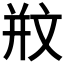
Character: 𣁊